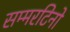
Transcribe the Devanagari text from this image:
सम्मरटिनो